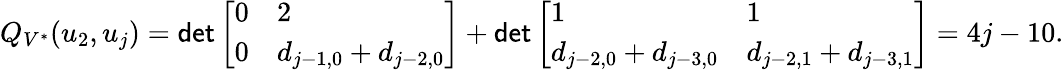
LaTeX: Q_{V^{*}}(u_{2},u_{j})=\mathsf{det}\left[\begin{array}{ll}{0}&{2}\\ {0}&{d_{j-1,0}+d_{j-2,0}}\end{array}\right]+\mathsf{det}\left[\begin{array}{ll}{1}&{1}\\ {d_{j-2,0}+d_{j-3,0}}&{d_{j-2,1}+d_{j-3,1}}\end{array}\right]=4j-10.